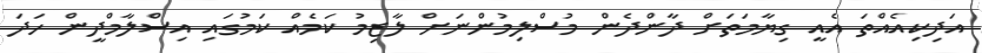
އަދިކިއެއްތަ އެއީ ގިޔާމަތަށް ދާންދެން މުސްލިމުންނަށް ލާޒިމު ކަމެއް ކަމުގައި އިސްލާމްދީން ހަދަ